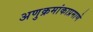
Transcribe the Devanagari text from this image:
अणुक्रमांकाप्रमाणे